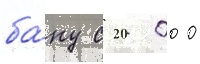
ба́ку с 20 000